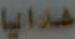
هدايا